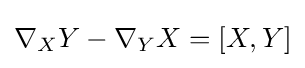
\nabla _{X}Y-\nabla _{Y}X=[X,Y]